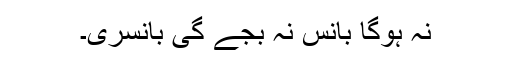
نہ ہوگا بانس نہ بجے گی بانسری۔